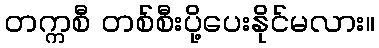
တက္ကစီ တစ်စီးပို့ပေးနိုင်မလား။